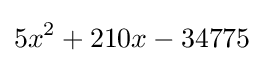
5x^{2}+210x-34775